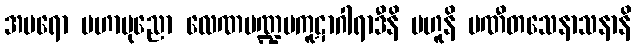
အပရော မဟာပုညော လေဏမဏ္ဍပကူဋာဂါရာဒီနိ ဗဟူနိ ပဏီတသေနာသနာနိ